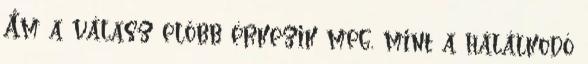
Ám a válasz előbb érkezik meg, mint a hálálkodó